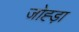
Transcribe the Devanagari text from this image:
जोह्ड़ा